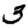
Digit: 3